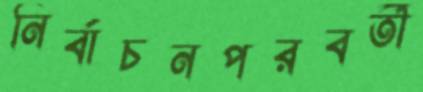
নির্বাচনপরবর্তী